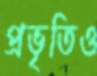
প্রভৃতিও